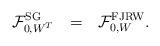
LaTeX: \begin{align*}\mathcal{F}_{0,W^T}^{\rm SG}\ \ = \ \ \mathcal{F}_{0,W}^{\rm FJRW}.\end{align*}